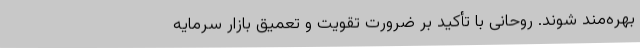
بهره‌مند شوند. روحانی با تأکید بر ضرورت تقویت و تعمیق بازار سرمایه